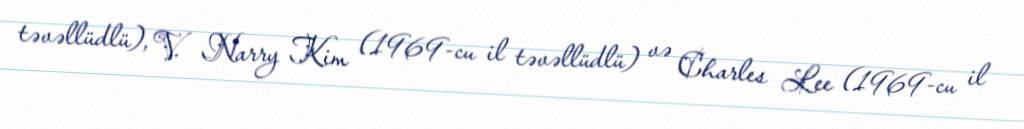
təvəllüdlü), V. Narry Kim (1969-cu il təvəllüdlü) və Charles Lee (1969-cu il